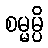
စမ္မမ္ပိ